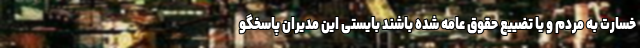
خسارت به مردم و یا تضییع حقوق عامه شده باشند بایستی این مدیران پاسخگو